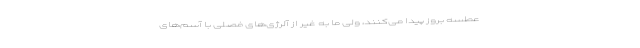
عطسه بروز پیدا می‌کنند، ولی ما به غیر از آلرژی‌های فصلی با آسم‌های